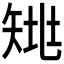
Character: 𰦗